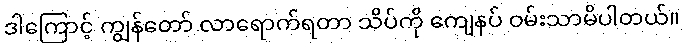
ဒါကြောင့် ကျွန်တော် လာရောက်ရတာ သိပ်ကို ကျေနပ် ဝမ်းသာမိပါတယ်။